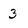
Character: 3